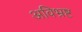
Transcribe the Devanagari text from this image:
अविभ्रष्ट